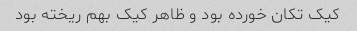
کیک تکان خورده بود و ظاهر کیک بهم ریخته بود